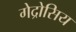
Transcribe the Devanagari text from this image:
गेद्रोसिय